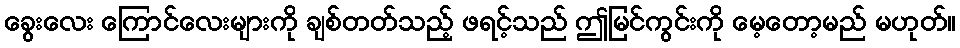
ခွေးလေး ကြောင်လေးများကို ချစ်တတ်သည့် ဖရင့်သည် ဤမြင်ကွင်းကို မေ့တော့မည် မဟုတ်။